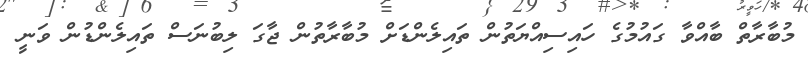
މުބާރާތް ބާއްވާ ގައުމުގެ ހައިސިއްޔަތުން ތައިލެންޑަށް މުބާރާތުން ޖާގަ ލިބުނަސް ތައިލެންޑުން ވަނީ